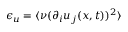
\epsilon _ { u } = \langle \nu ( \partial _ { i } u _ { j } ( \boldsymbol { x } , t ) ) ^ { 2 } \rangle